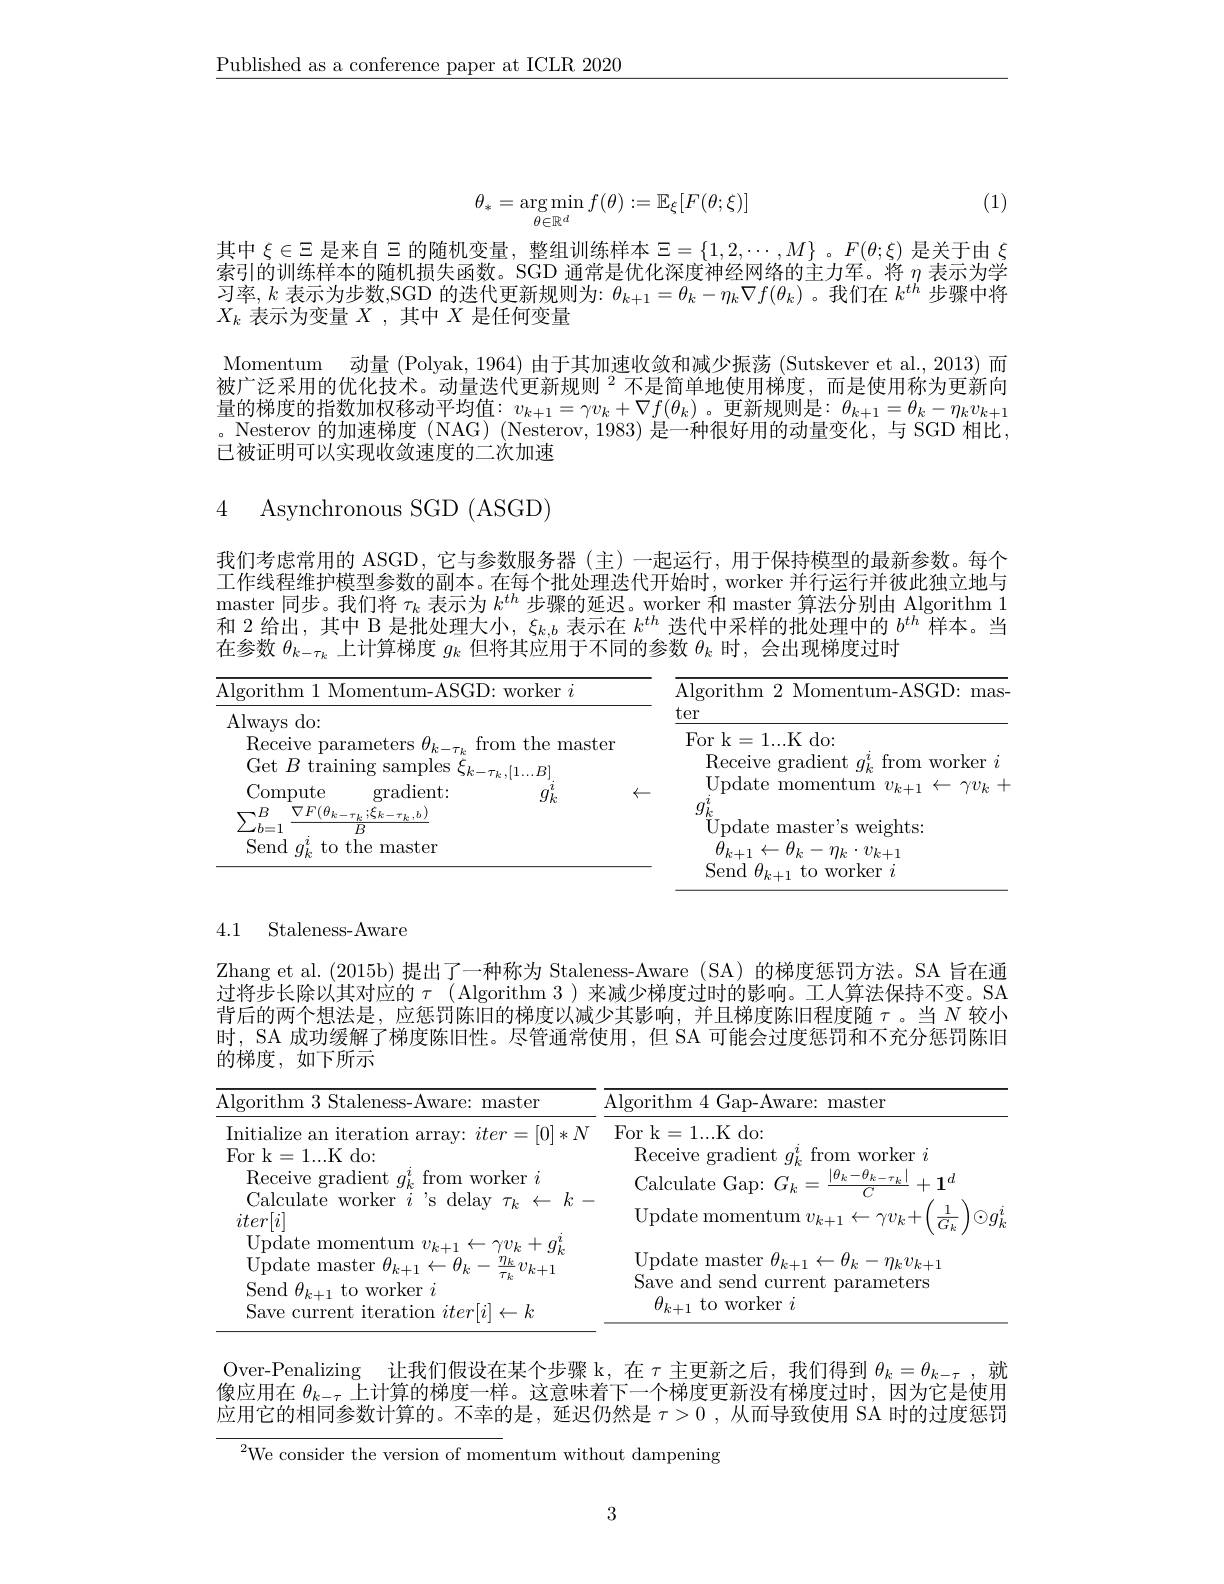
$\underline{\text{Published as a conference paper at ICLR 2020}}$

(1)
$$\theta_*=\underset{\theta\in\mathbb{R}^d}{\arg\min}f(\theta):=\mathbb{E}_\xi[F(\theta;\xi)]$$
其中$\xi\in\Xi$是来自$\Xi$的随机变量，整组训练样本$\Xi=\{1,2,\cdots,M\}$ 。$F(\theta;\xi)$是关于由$\xi$ 索引的训练样本的随机损失函数。SGD 通常是优化深度神经网络的主力军。将$\eta$表示为学习 率 $, k$ 表 示 为 步 数 , SGD 的 迭 代 更 新 规 则 为 : $\theta _{k+ 1}= \theta _k- \eta _k\nabla f( \theta _k)$。我 们 在 $k^{th}$ 步 骤 中 将 对 +- $y$ 市 目 $y_{k+ 1}$ $y_{k+ 1}$ $y_{k+ 1}$ $y_{k+ 1}$ $y_{k+ 1}$ $y_{k+ 1}$ $y_{k+ 1}$ $y_{k+ 1}$ $y_{k+ 1}$ $y_{k+ 1}y_{k+ 1}y_{k+ 1}y_{k+ 1}y_{k+ 1}y_{k+ 1}y_{k+ 1}y_{k+ 1}y_{k+ 1}y_{k+ 1}y$ $X_k$表示为变量$X$ ,其中$X$是任何变量
Momentum 动量 (Polyak, 1964) 由于其加速收敛和减少振荡 (Sutskever et al., 2013)而被广泛采用的优化技术。动量迭代更新规则$^{2}$不是简单地使用梯度，而是使用称为更新向量的梯度的指数加权移动平均值$:v_k+1=\gamma v_k+\nabla f(\theta_k)$。更新规则是$:\theta_k+1=\theta_k-\eta_kv_{k+1}$ 。Nesterov 的加速梯度 (NAG) (Nesterov, 1983) 是一种很好用的动量变化，与 SGD 相比， 已被证明可以实现收敛速度的二次加速

4 Asynchronous SGD(ASGD)

我们考虑常用的 ASGD,它与参数服务器(主)一起运行，用于保持模型的最新参数。每个工作线程维护模型参数的副本。在每个批处理迭代开始时，worker 并行运行并彼此独立地与master 同步。我们将$\tau_k$表示为$k^th$步骤的延迟。worker 和 master 算法分别由 Algorithm 1和 2 给出，其中 B 是批处理大小$,\xi_k,b$表示在$k^{th}$迭代中采样的批处理中的$b^{th}$样本。当在参数$\theta_k-\tau_k$上计算梯度$g_k$但将其应用于不同的参数$\theta_k$时，会出现梯度过时

<table>
	<tbody>
		<tr>
			<td>Algorithm 1 Momentum- ASGD: worker $i$</td>
			<td>Algorithm 2 Momentum-ASGD: mas-</td>
		</tr>
	</tbody>
</table>

4.1 Staleness-Aware

Zhang et al. (2015b) 提出了一种称为 Staleness-Aware (SA) 的梯度惩罚方法。SA 旨在通过将步长除以其对应的$\tau$ (Algorithm 3)来减少梯度过时的影响。工人算法保持不变。SA 背后的两个想法是，应惩罚陈旧的梯度以减少其影响，并且梯度陈旧程度随$\tau$。当$N$ 较小时，SA 成功缓解了梯度陈旧性。尽管通常使用，但 SA 可能会过度惩罚和不充分惩罚陈旧的梯度，如下所示

<table>
	<tbody>
		<tr>
			<th>Algorithm 3 Staleness-Aware: master</th>
			<th>Algorithm 4 Gap- Aware: master</th>
		</tr>
		<tr>
			<td>Initialize an iteration arrav: $iter=[0]*N$</td>
			<td>For k= 1. . . K do: </td>
		</tr>
		<tr>
			<td>Receive gradient $g_{k}^{i}$ from worker $i$</td>
			<td>$|\theta_{k}-\theta_{k-\tau_{k}}|$ Calculate Gap: $G_k$ $\therefore=$ $+1^{d}$</td>
		</tr>
		<tr>
			<td>Calculate worker $i$ 's delay $\tau_k\leftarrow$ $iter[i]$ $k$</td>
			<td>${\mathrm{Update~momentum~}}v_{k+1}\leftarrow\gamma v_{k}+$ $\supset$</td>
		</tr>
		<tr>
			<td>${}_{k}+y_{k}$ Update master $\theta_{k+1}\leftarrow\theta_{k}-$ 1 $\frac{\eta_{k}}{\tau_{k}}v_{k+1}$ $\overline{\tau_{k}}$ Send $\theta_{k+1}$ to worker $i$ Save c lrront itor tio n $iter[ j] \leftarrow k$</td>
			<td>Update master $\theta_k+1\leftarrow\theta_k-\eta_kv_{k+1}$ Save and send current parameters $\theta_{k+1}$ to worker $i$</td>
		</tr>
	</tbody>
</table>

Over-Penalizing 让我们假设在某个步骤 k,在$\tau$主更新之后，我们得到$\theta_k=\theta_{k-\tau}$ ,就像应用在$\theta_{k-\tau}$上计算的梯度一样。这意味着下一个梯度更新没有梯度过时，因为它是使用应用它的相同参数计算的。不幸的是，延迟仍然是$\tau > 0$ , 从 而 导 致 使 用 SA 时的过度惩罚
$^2$We consider the version of momentum without dampening

3